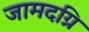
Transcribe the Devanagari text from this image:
जामदग्नि